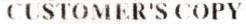
CUSTOMER'S COPY